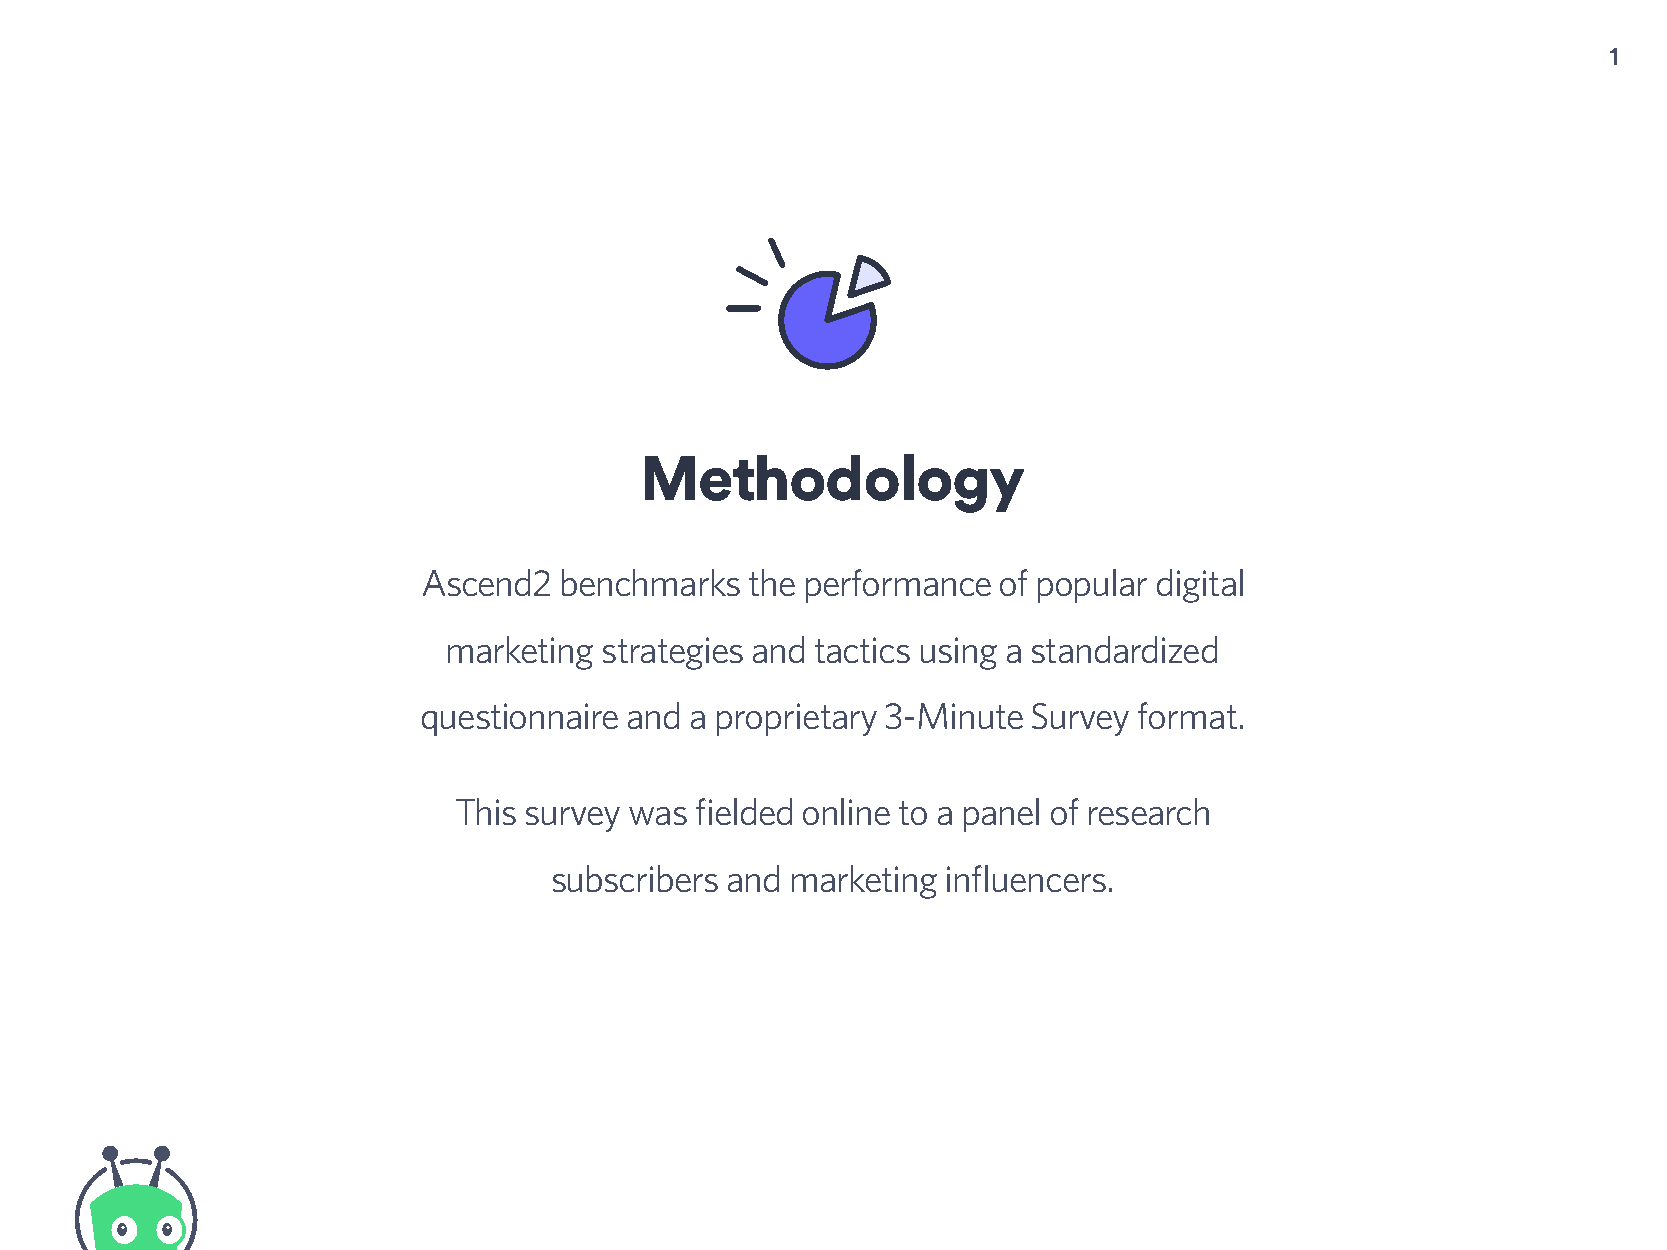
1
 Methodology
 Ascend2  benchmarks   the performance of popular digital
 marketing  strategies and tactics using a standardized
 questionnaire and a proprietary 3-Minute Survey format.
 This survey was fielded online to a panel of research
 subscribers and marketing  influencers.
 Generating and Nurturing Leads to Create Demand Survey.
 Ascend2 in Partnership With Vidyard. Published September, 2018.